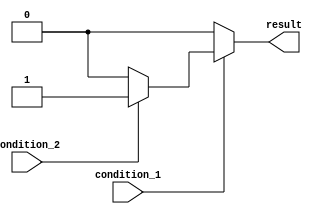
module nested_if_else (
    input wire condition_1,
    input wire condition_2,
    output wire result
);

reg result;

always @(*) begin
    if (condition_1) begin
        if (condition_2) begin
            result = 1'b1;
        end else begin
            result = 1'b0;
        end
    end else begin
        result = 1'b0;
    end
end

endmodule